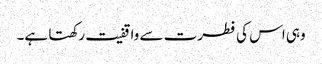
وہی اس کی فطرت سے واقفیت رکھتا ہے۔